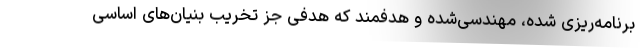
برنامه‌ریزی شده، مهندسی‌شده و هدفمند که هدفی جز تخریب بنیان‌های اساسی